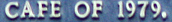
CAFE OF 1979.